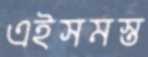
এইসমস্ত